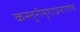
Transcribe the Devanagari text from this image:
कस्तुरीमृगाप्रमाणेच